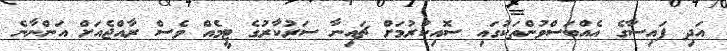
އަދި ފައިސާގެ އެއްބަސްވުންތަކުގައި ސޮއިކުރުމަށް ޗައިނާ ސަރުކާރުގެ ޓީމެއް ވެސް ރާއްޖެއަށް އަންނާނެ